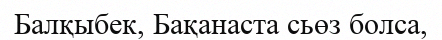
Балқыбек, Бақанаста сьөз болса,